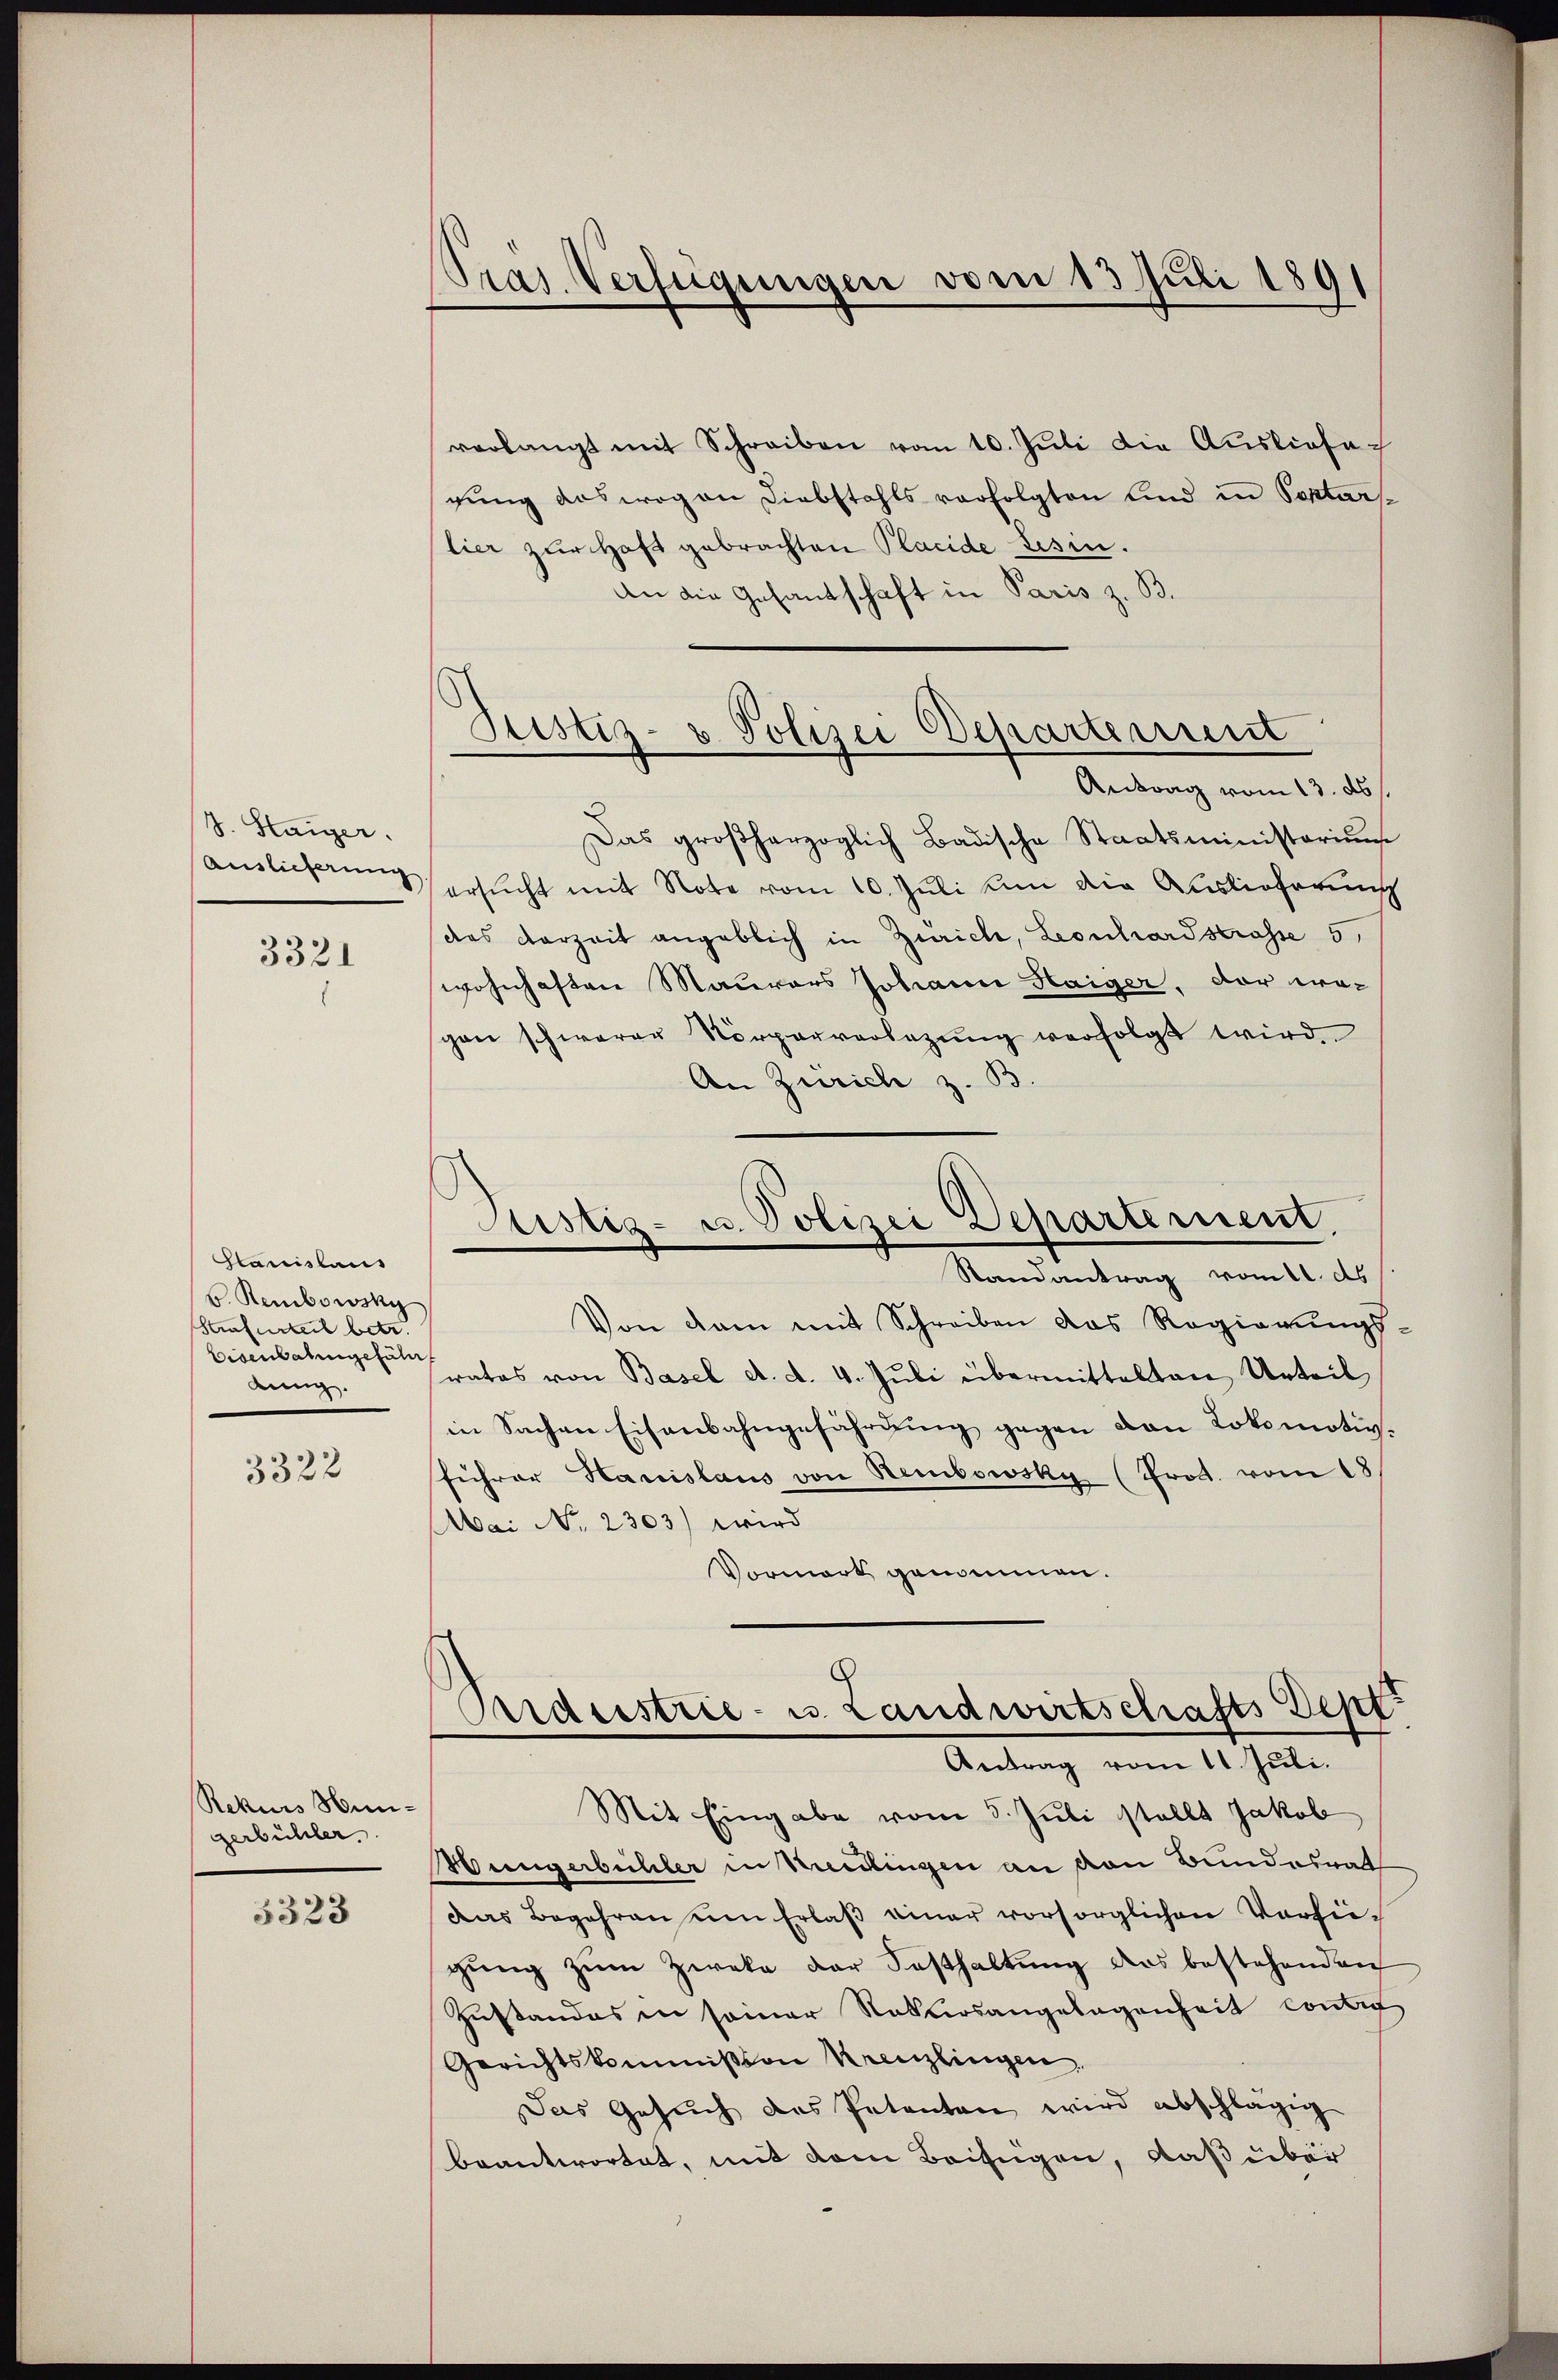
S. Staiger.
Auslieferung

3321

Gtanislaus
v. Rembowsky
Strafurteil betr.
Eisenbahngefähr
dung.

3322

Rekurs Hingerbühler.

3323

Präs. Verfügungen vom 13. Juli 1891

verlangt mit Schreiben vom 10. Juli die Ausliefegung das wogen Diebstahls verfolgten sind in Septarslier zur Haft gebrachten Placide Lisin.
An die Gesantschaft in Paris z. B.
Antrag vom 13. ds.
Das großherzoglich Badische Staatsministeriums
ersŭcht mit Note vom 10. Juli un die Auslieferung
das Verzeit angeblich in Zürich, Leonhardstrasse 5,
wohnhaften Maurers Johann Haiger, der wo-
pon schwerer Körperverlegŭng verfolgt wird.
An Zürich z. B
Randantrag vom 11. ds
Von dem mit Schreiben das Regierungsrates von Basel d. d. 4. Juli übermittelten Urteil
in Sachen Eisenbahngefährung gegen den Lokomotivführer Harislaus von Sembowsky (Prot. vom 18
Mai No. 2303) wird
Vormort genommen.
Aideestrie- u. Landwirtschafts Dept
Antrag vom 11. Juli.
Mit Eingabe vom 5. Juli stellt Jakob
Müngerbüchler in Niedlingen an den Bundesrat
das Begehren um Erlaβ einer vorsorglichen Vorsiegŭng zum Zieka der Festhaltung des bestehenden
Zustandes in seiner Ratlosangelegenheit contig
Gerichtskommission Kreuzlingen,
Das Gesuch des Petenten wird abschlägig
beantwortet, mit dem Beifügen, daß über

Justiz- & Polizei Departement

Justiz- u. Polizei Departement.